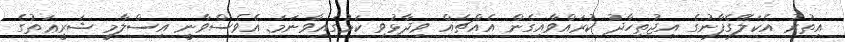
އިތުރު އެކަލޭގެފާނުގެ އިޖުތިހާދު ކުރައްވާއިގެން އެއްޗެއް ވިދާޅުވި ކަމުގައިވާނަމަ